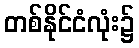
တစ်နိုင်ငံလုံး၌